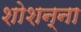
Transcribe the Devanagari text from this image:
शोशन्ना